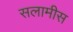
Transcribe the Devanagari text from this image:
सलामीस